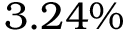
3 . 2 4 \%